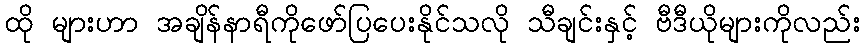
ထို များဟာ အချိန်နာရီကိုဖော်ပြပေးနိုင်သလို သီချင်းနှင့် ဗီဒီယိုများကိုလည်း